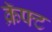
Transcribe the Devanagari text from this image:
क्रॅफ्ट